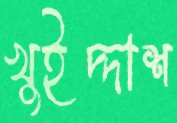
খুইদ্দাশ